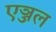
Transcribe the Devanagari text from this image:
एञ्जल